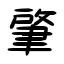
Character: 肇